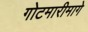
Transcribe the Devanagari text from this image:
गोटमारीमागे